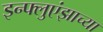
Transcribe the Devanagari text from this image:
इन्फ्लुएंझाच्या